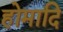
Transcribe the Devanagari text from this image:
होमादि